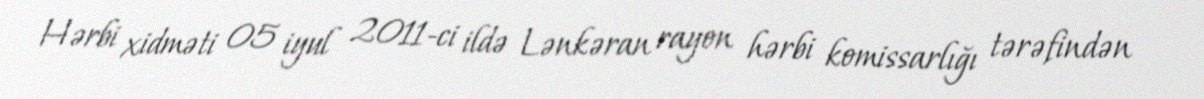
Hərbi xidməti 05 iyul 2011-ci ildə Lənkəran rayon hərbi komissarlığı tərəfindən